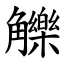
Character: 觻